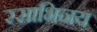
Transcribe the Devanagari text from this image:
रसाभिनय